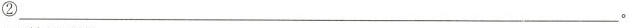
②___。